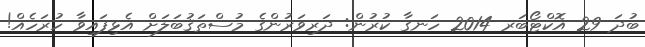
ބުދަ 29 އޮކްޓޯބަރ 2014 ހަނގާ ކުރުން: ދަރިވަރުންގެ މުސްތަޤުބަލަށް އެޅިފައިވާ ހުރަހެއް!